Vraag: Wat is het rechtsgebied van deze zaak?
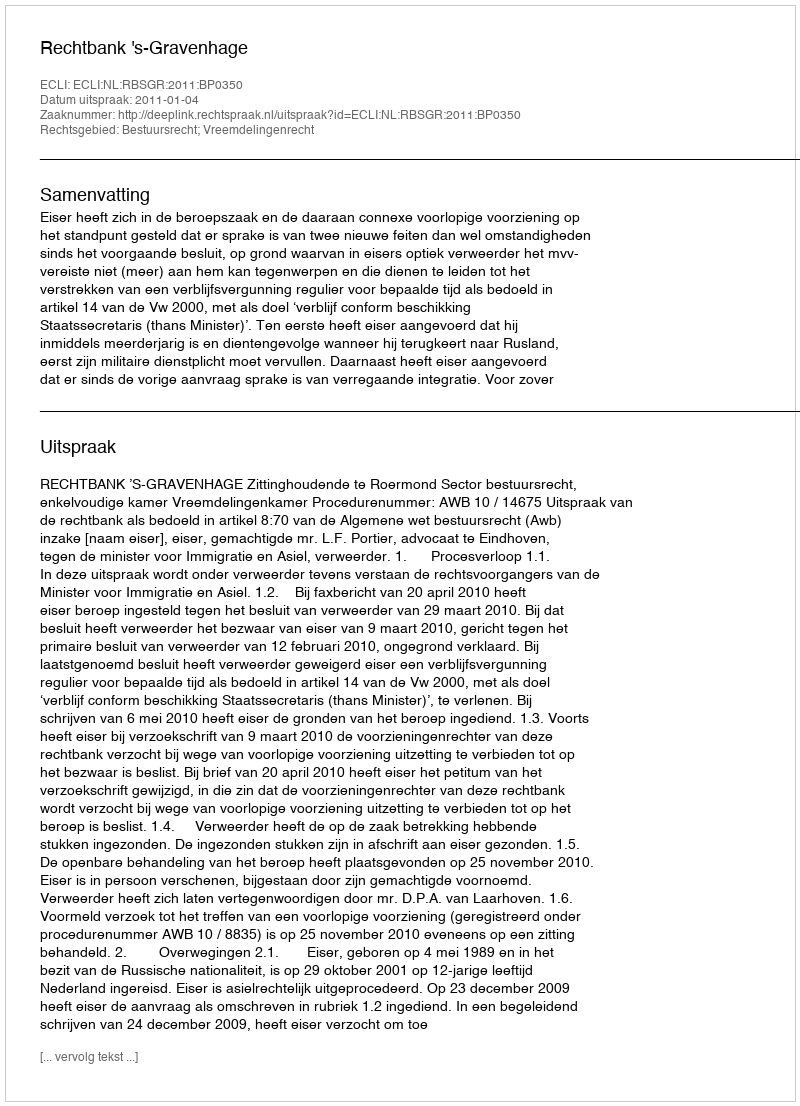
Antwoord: Bestuursrecht; Vreemdelingenrecht